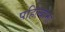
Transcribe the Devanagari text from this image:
पहिल्यांना